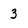
Character: 3